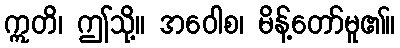
ဣတိ၊ ဤသို့။ အဝေါစ၊ မိန့်တော်မူ၏။